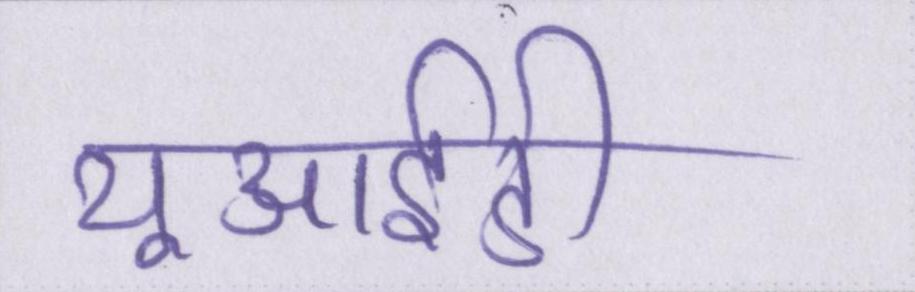
यूआईडी